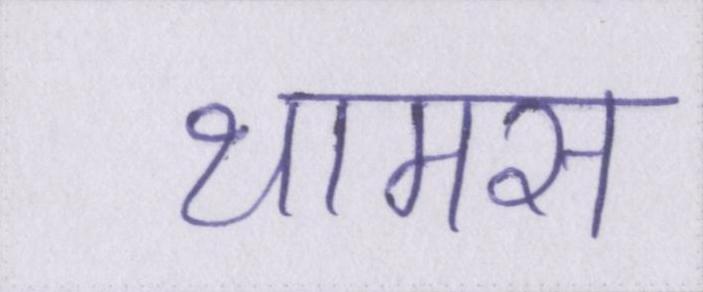
थामस